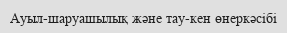
Ауыл-шаруашылық және тау-кен өнеркәсібі